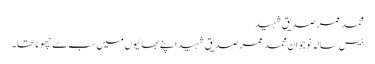
محمد عمر صدیق شہید
بیس سالہ نوجوان محمد عمر صدیق شہید اپنے بھائیوں میں سب سے چھوٹا تھا۔